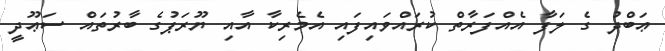
ޢަބްދު ގެ ލަފާ އެއްފަރާތް ކުރައްވައިފައި އެމެރިކާ އާއި ޔޫރަޕުގެ ބާރުތައް ސަޢޫދީ